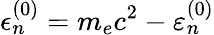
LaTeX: \epsilon_{n}^{(0)}=m_{e}c^{2}-\varepsilon_{n}^{(0)}